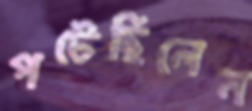
পটেছিলেন